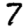
Digit: 7